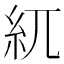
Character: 𥾕